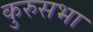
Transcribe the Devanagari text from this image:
कुरुसभा